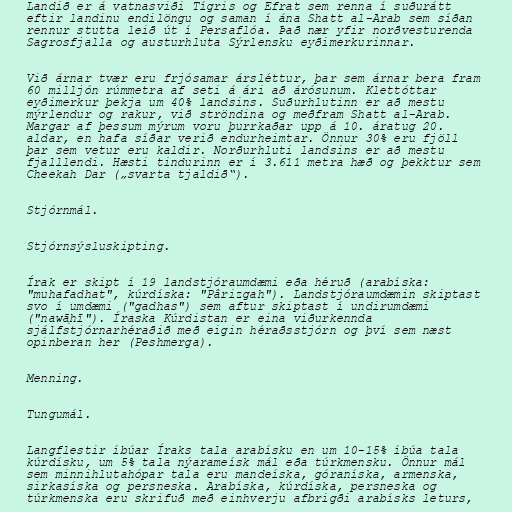
Landið er á vatnasviði Tígris og Efrat sem renna í suðurátt
eftir landinu endilöngu og saman í ána Shatt al-Arab sem síðan
rennur stutta leið út í Persaflóa. Það nær yfir norðvesturenda
Sagrosfjalla og austurhluta Sýrlensku eyðimerkurinnar.

Við árnar tvær eru frjósamar ársléttur, þar sem árnar bera fram
60 milljón rúmmetra af seti á ári að árósunum. Klettóttar
eyðimerkur þekja um 40% landsins. Suðurhlutinn er að mestu
mýrlendur og rakur, við ströndina og meðfram Shatt al-Arab.
Margar af þessum mýrum voru þurrkaðar upp á 10. áratug 20.
aldar, en hafa síðar verið endurheimtar. Önnur 30% eru fjöll
þar sem vetur eru kaldir. Norðurhluti landsins er að mestu
fjalllendi. Hæsti tindurinn er í 3.611 metra hæð og þekktur sem
Cheekah Dar („svarta tjaldið“).

Stjórnmál.

Stjórnsýsluskipting.

Írak er skipt í 19 landstjóraumdæmi eða héruð (arabíska:
"muhafadhat", kúrdíska: "Pârizgah"). Landstjóraumdæmin skiptast
svo í umdæmi ("gadhas") sem aftur skiptast í undirumdæmi
("nawāḥī"). Íraska Kúrdistan er eina viðurkennda
sjálfstjórnarhéraðið með eigin héraðsstjórn og því sem næst
opinberan her (Peshmerga).

Menning.

Tungumál.

Langflestir íbúar Íraks tala arabísku en um 10-15% íbúa tala
kúrdísku, um 5% tala nýarameísk mál eða túrkmensku. Önnur mál
sem minnihlutahópar tala eru mandeíska, góraníska, armenska,
sirkasíska og persneska. Arabíska, kúrdíska, persneska og
túrkmenska eru skrifuð með einhverju afbrigði arabísks leturs,